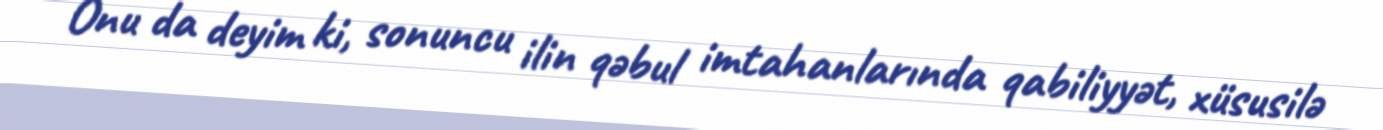
Onu da deyim ki, sonuncu ilin qəbul imtahanlarında qabiliyyət, xüsusilə